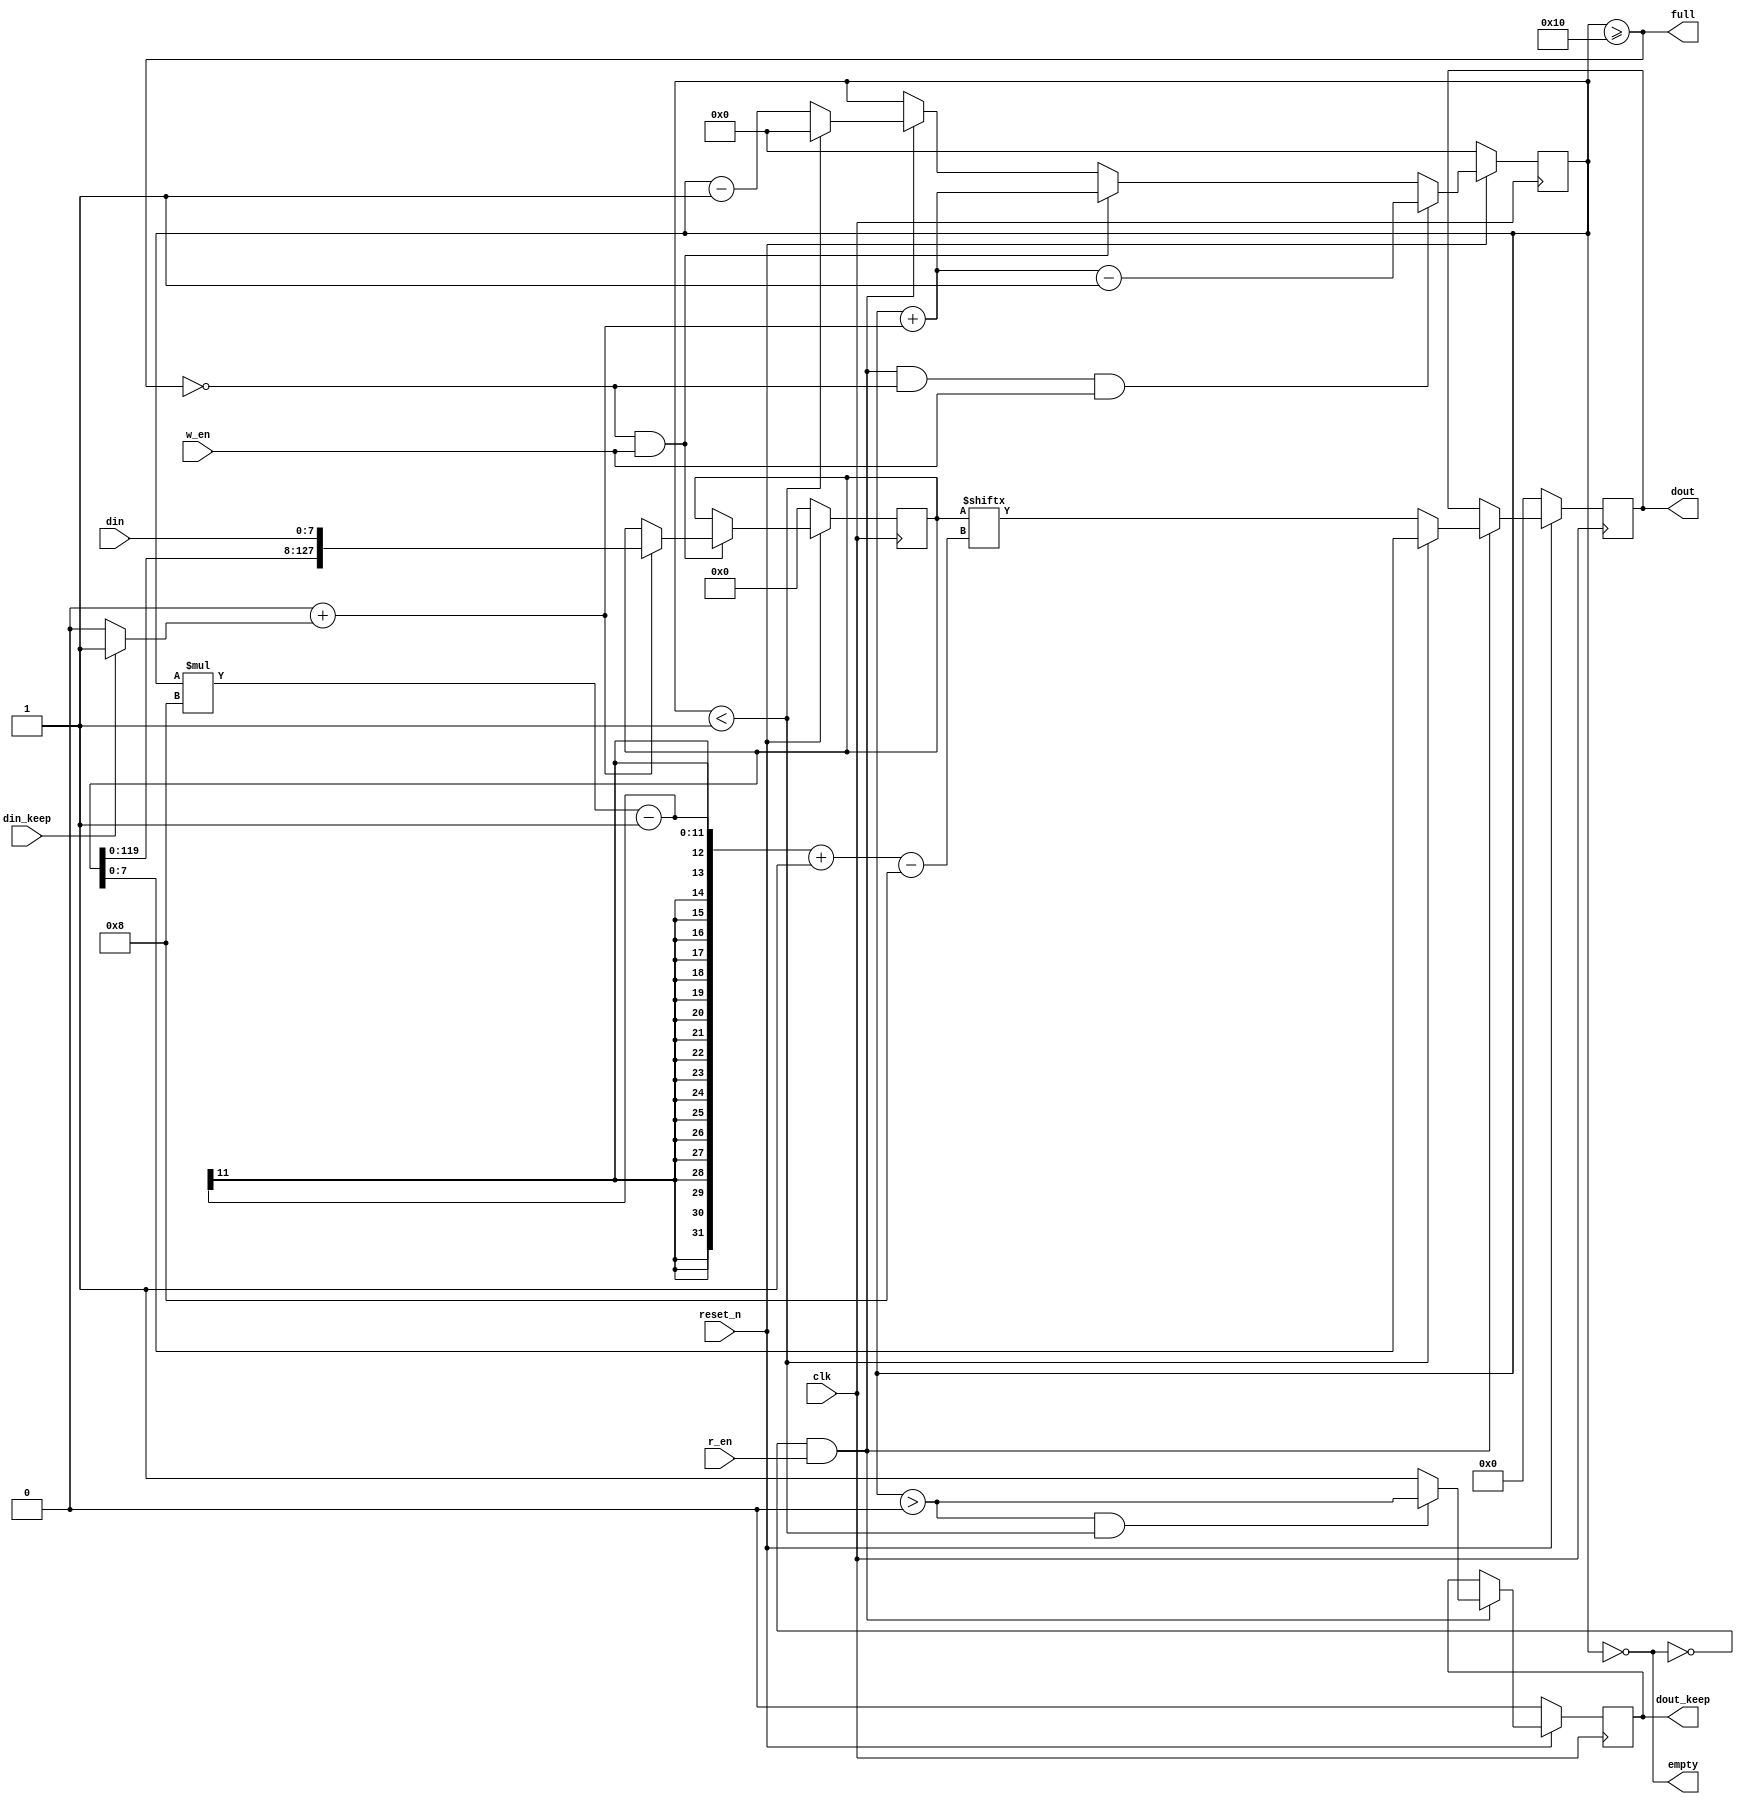
`timescale 1ns / 1ps

module axis_pipe #(
           parameter DATA_WIDTH = 8,
           parameter DEPTH_BIT_NUM = 4
       )(
           input clk,
           input reset_n,
           input w_en,
           input r_en,
           input [DATA_WIDTH-1:0]din,
           input [DATA_WIDTH/8-1:0] din_keep,
           output reg [DATA_WIDTH-1:0]dout,
           output reg [DATA_WIDTH/8-1:0] dout_keep,
           output empty,
           output full
       );

function integer clogb2 (input integer bit_depth);
    begin
        for(clogb2=0; bit_depth>0; clogb2=clogb2+1)
            bit_depth = bit_depth >> 1;
    end
endfunction

initial begin
    if(DATA_WIDTH!=8 && DATA_WIDTH!=16 && DATA_WIDTH!=32) begin
        $display("Error at axis_pipe. DATA_WIDTH cannot be %d", DATA_WIDTH);
        $display("Finish here.");
        $finish;
    end
end

localparam integer DEPTH = 1 << DEPTH_BIT_NUM;
localparam [DATA_WIDTH+DEPTH_BIT_NUM-1: 0] MEM_SIZE = DATA_WIDTH*DEPTH;
reg [MEM_SIZE-1:0] mem;
reg [clogb2(DEPTH*8-1)-1:0]   counter;
reg [clogb2(DATA_WIDTH/8-1):0] read_byte_num;

assign empty = (counter==0);
assign full = (counter>=MEM_SIZE/8);

integer keep_ptr;
always @(*) begin
    read_byte_num = 0;
    for(keep_ptr=0; keep_ptr<DATA_WIDTH/8; keep_ptr=keep_ptr+1) begin
        read_byte_num = read_byte_num + (din_keep[keep_ptr] ? 1 : 0);
    end
end

always@(posedge clk) begin
    if(!reset_n)
        counter <= 1'd0;
    else if(!empty & r_en & !full & w_en) // read/write at same time
        counter <= counter + read_byte_num - (DATA_WIDTH>>3);
    else if(!full & w_en)                 // write
        counter <= counter + read_byte_num;
    else if(!empty & r_en)                // read
        if(counter<(DATA_WIDTH>>3))
            counter <= 0;
        else
            counter <= counter - (DATA_WIDTH>>3);
    else
        counter <= counter;
end

always@(posedge clk) begin
    if(!reset_n)
        dout <= {DATA_WIDTH{1'b0}};
    else if(!empty & r_en)
        if(counter<(DATA_WIDTH>>3))
            dout <= mem[0 +: DATA_WIDTH];
        else
            dout <= mem[counter*8-1 -: DATA_WIDTH];
    else
        dout <= dout;
end
//FIFOFIFOkeeppipe(counter1
//input
//00323130
//2f2e2d2c
//wrong output-1
//2e2d2c32
//00003130
//output
//00333231
//302f2e2d

reg [DATA_WIDTH/8-1:0] dout_keep_tmp;
always@(*)  begin
    if((counter>0) && (counter<DATA_WIDTH>>3)) begin
        for(keep_ptr=0; keep_ptr<DATA_WIDTH/8; keep_ptr=keep_ptr+1) begin
            dout_keep_tmp[keep_ptr] = (counter>keep_ptr);
        end
    end
    else begin
        for(keep_ptr=0; keep_ptr<DATA_WIDTH/8; keep_ptr=keep_ptr+1) begin
            dout_keep_tmp[keep_ptr] = 1'b1;
        end
    end
end
always@(posedge clk) begin
    if(!reset_n)
        dout_keep <= {DATA_WIDTH/8{1'b0}};
    else if(!empty & r_en) begin
        if((counter>0) && (counter<(DATA_WIDTH>>3))) begin
            dout_keep <= dout_keep_tmp;
        end
        else begin
            for(keep_ptr=0; keep_ptr<DATA_WIDTH/8; keep_ptr=keep_ptr+1) begin
                dout_keep[keep_ptr] <= 1'b1;
            end
        end
    end
    else
        dout_keep <= dout_keep;
end

always@(posedge clk) begin
    if(!reset_n) begin
        mem <={MEM_SIZE{1'b0}};
    end
    else begin
        if(!full & w_en) begin
            case(read_byte_num)
                1: begin
                    mem <= {mem[MEM_SIZE-8*1-1 : 0], din[0 +: 8*1]};
                end
                2: begin
                    mem <= {mem[MEM_SIZE-8*2-1 : 0], din[0 +: 8*2]};
                end
                3: begin
                    mem <= {mem[MEM_SIZE-8*3-1 : 0], din[0 +: 8*3]};
                end
                4: begin
                    mem <= {mem[MEM_SIZE-8*4-1 : 0], din[0 +: 8*4]};
                end
            endcase
        end
    end
end
endmodule